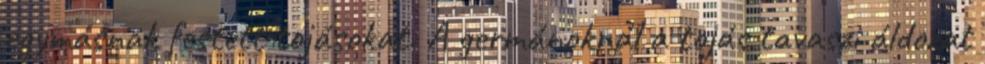
egymásnak festett tojásokat. A germánoknál a tojás tavaszi áldozat